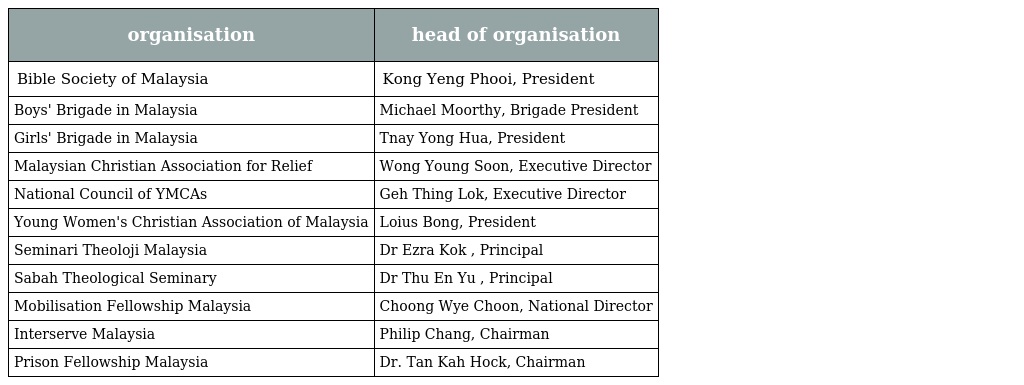
| organisation | head of organisation |
 | --- | --- |
 | Bible Society of Malaysia | Kong Yeng Phooi, President |
 | Boys' Brigade in Malaysia | Michael Moorthy, Brigade President |
 | Girls' Brigade in Malaysia | Tnay Yong Hua, President |
 | Malaysian Christian Association for Relief | Wong Young Soon, Executive Director |
 | National Council of YMCAs | Geh Thing Lok, Executive Director |
 | Young Women's Christian Association of Malaysia | Loius Bong, President |
 | Seminari Theoloji Malaysia | Dr Ezra Kok , Principal |
 | Sabah Theological Seminary | Dr Thu En Yu , Principal |
 | Mobilisation Fellowship Malaysia | Choong Wye Choon, National Director |
 | Interserve Malaysia | Philip Chang, Chairman |
 | Prison Fellowship Malaysia | Dr. Tan Kah Hock, Chairman |